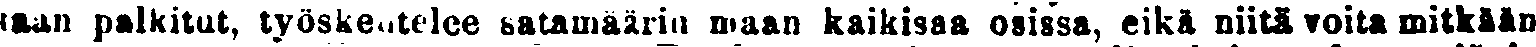
taan palkitut, työskentelee satamäärin maan kaikisaa osissa, eikä niitä voita mitkään